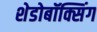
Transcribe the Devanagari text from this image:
शेडोबॉक्सिंग